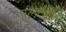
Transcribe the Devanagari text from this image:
पलटणींचे